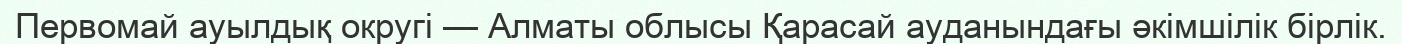
Первомай ауылдық округі — Алматы облысы Қарасай ауданындағы әкімшілік бірлік.